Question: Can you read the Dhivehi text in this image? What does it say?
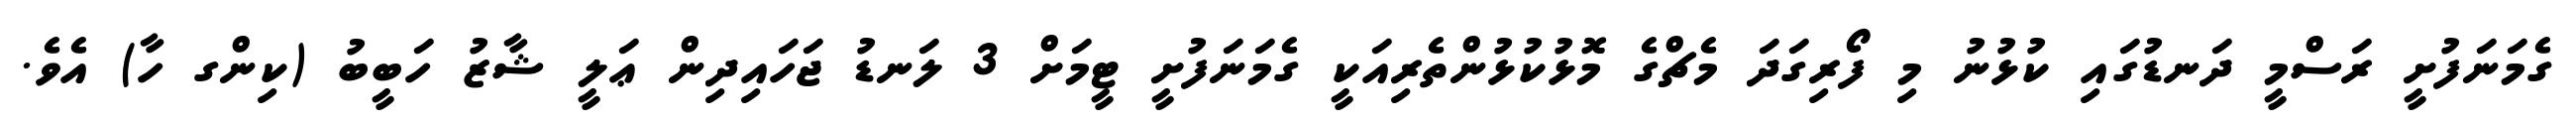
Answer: ގެމަނަފުށީ ރަސްމީ ދަނޑުގައި ކުޅުނު މި ފޯރިގަދަ މެޗްގެ މޮޅުކުޅުންތެރިއަކީ ގެމަނަފުށީ ޓީމަށް 3 ލަނޑު ޖަހައިދިން ޢަލީ ޝާޒު ހަބީބު (ކިންގ ހާ) އެވެ.